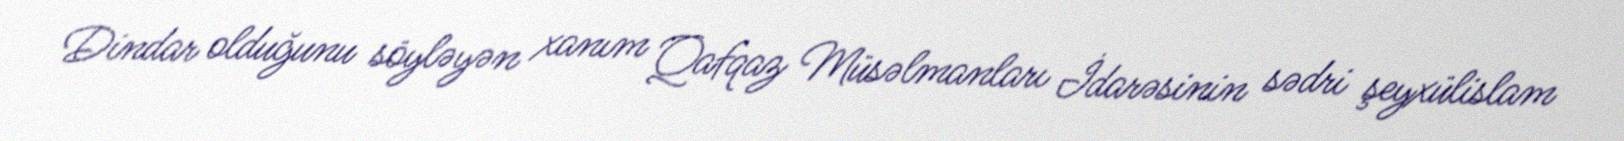
Dindar olduğunu söyləyən xanım Qafqaz Müsəlmanları İdarəsinin sədri şeyxülislam